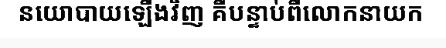
នយោបាយឡើងវិញ គឺបន្ទាប់ពីលោកនាយក